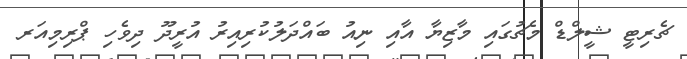
ޗެރިޓީ ޝީލްޑް މެޗުގައި މާޒިޔާ އާއި ނިއު ބައްދަލުކުރިއިރު އުރީދޫ ދިވެހި ޕްރިމިއަރ